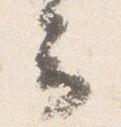
云